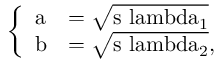
\left\{ \begin{array} { l l } { \mathrm { a } } & { = \mathrm { \sqrt { s \ l a m b d a _ { 1 } } } } \\ { \mathrm { b } } & { = \mathrm { \sqrt { s \ l a m b d a _ { 2 } } } , } \end{array} \right.